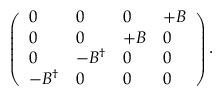
\left( \begin{array} { l l l l } { { 0 } } & { { 0 } } & { { 0 } } & { { + B } } \\ { { 0 } } & { { 0 } } & { { + B } } & { { 0 } } \\ { { 0 } } & { { - B ^ { \dag } } } & { { 0 } } & { { 0 } } \\ { { - B ^ { \dag } } } & { { 0 } } & { { 0 } } & { { 0 } } \end{array} \right) .